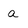
Character: a